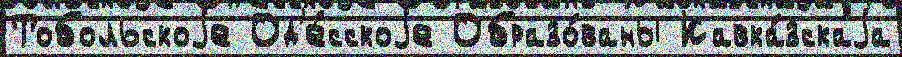
Тобольскоjе Од'е́сскоjе Образо́ваны Кавка́зскаjа